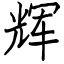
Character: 辉